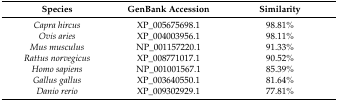
<table><thead><tr><td><b>Species</b></td><td><b>GenBank Accession</b></td><td><b>Similarity</b></td></tr></thead><tbody><tr><td><i>Capra hircus</i></td><td>XP_005675698.1</td><td>98.81%</td></tr><tr><td><i>Ovis aries</i></td><td>XP_004003956.1</td><td>98.11%</td></tr><tr><td><i>Mus musculus</i></td><td>NP_001157220.1</td><td>91.33%</td></tr><tr><td><i>Rattus norvegicus</i></td><td>XP_008771017.1</td><td>90.52%</td></tr><tr><td><i>Homo sapiens</i></td><td>NP_001001567.1</td><td>85.39%</td></tr><tr><td><i>Gallus gallus</i></td><td>XP_003640550.1</td><td>81.64%</td></tr><tr><td><i>Danio rerio</i></td><td>XP_009302929.1</td><td>77.81%</td></tr></tbody></table>